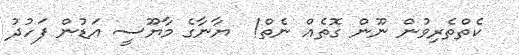
ކެތްތެރިވުން ނޫން ގޮތެއް ނެތް!  ޔާނާގެ މާޔޫސީ އަޑުން ފަހުދު